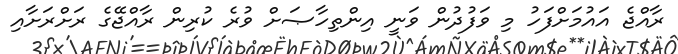
ރާއްޖެ އައުމަށްފަހު މި ވަފުދުން ވަނީ އިންތިހާޞަށް ވުރެ ކުރިން ރާއްޖޭގެ ރަށްރަށާއި